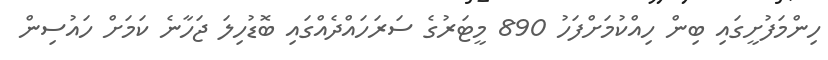
ހިންމަފުށީގައި ބިން ހިއްކުމަށްފަހު 890 މީޓަރުގެ ސަރަހައްދެއްގައި ބޮޑުހިލަ ޖަހާނެ ކަމަށް ހައުސިން